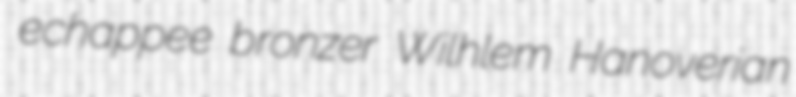
echappee bronzer Wilhlem Hanoverian